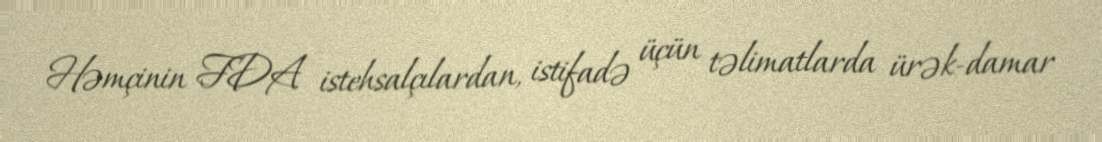
Həmçinin FDA istehsalçılardan, istifadə üçün təlimatlarda ürək-damar